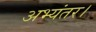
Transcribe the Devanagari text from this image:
अभ्यंतर।